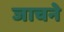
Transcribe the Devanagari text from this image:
जाचने